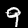
Digit: 9